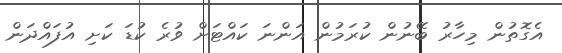
އެގޮތުން މިހާރު ބޭނުން ކުރަމުން އަންނަ ކައްޓަށް ވުރެ ކުޑަ ކަށި އުފައްދަން